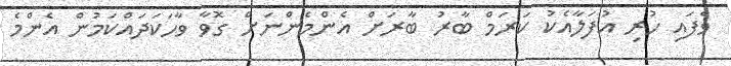
ވެފައި ހުރި އުފަލާއެކު ކަރަމް ބާރު ބާރަށް އެންމެންނަށް ގޮވާ ވާހަކަދައްކަމުން އެންމެ